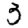
Digit: 3